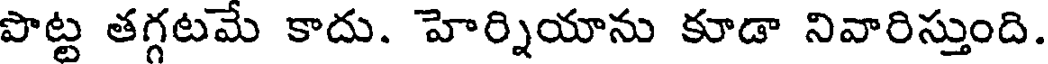
పొట్ట తగ్గటమే కాదు. హెర్నియాను కూడా నివారిస్తుంది.